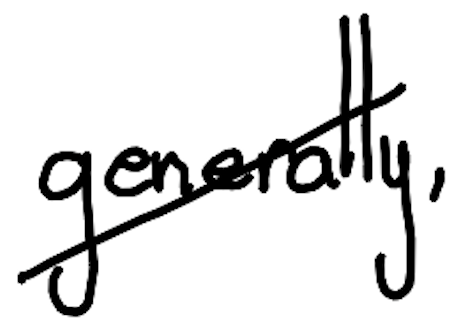
Text: generally,
Cross-out: diagonal
Writing tool: digital_black